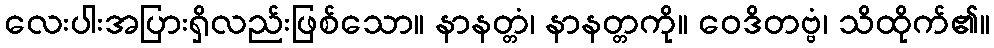
လေးပါးအပြားရှိလည်းဖြစ်သော။ နာနတ္တံ၊ နာနတ္တကို။ ဝေဒိတဗ္ဗံ၊ သိထိုက်၏။